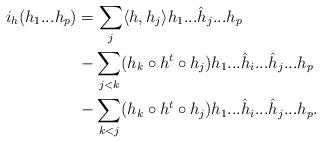
LaTeX: \begin{align*}i_h(h_1...h_p)&=\sum_{j}\langle h,h_j\rangle h_1...\hat{h}_j...h_p\\&-\sum_{j<k}(h_k\circ h^t\circ h_j) h_1...\hat{h}_i...\hat{h}_j...h_p \\&-\sum_{k<j}(h_k\circ h^t\circ h_j) h_1...\hat{h}_i...\hat{h}_j...h_p .\end{align*}